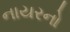
નાયરનો